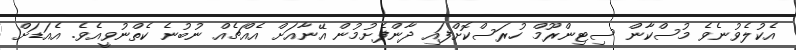
އެކުލެވުނެވެ މުސްކާން ސިޓިންރޫމް ހުރަސްކޮށްފައި ދާންފެށުމުން އޭނާއަށް އެއްޗެއް ނުބުނެ ކެތްނުވީއެވެ. އެއަޑަށް